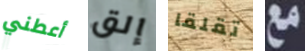
أعطني إلق تقلقا مع